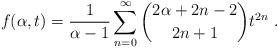
LaTeX: \begin{align*}f(\alpha,t)=\frac{1}{\alpha-1}\sum_{n=0}^\infty\binom{2\alpha+2n-2}{2n+1}t^{2n}\ .\end{align*}